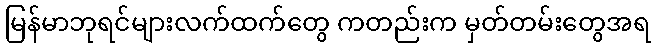
မြန်မာဘုရင်များလက်ထက်တွေ ကတည်းက မှတ်တမ်းတွေအရ